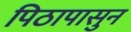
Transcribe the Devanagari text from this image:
पिठापासुन